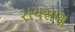
રાયસણ